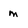
Character: m